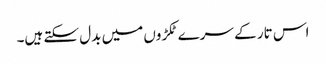
اس تار کے سرے ٹکڑوں میں بدل سکتے ہیں۔